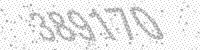
Solution: 389170